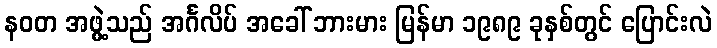
နဝတ အဖွဲ့သည် အင်္ဂလိပ် အခေါ် ဘားမား မြန်မာ ၁၉၈၉ ခုနှစ်တွင် ပြောင်းလဲ